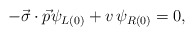
\begin{align*}-\vec{\sigma} \cdot \vec{p} \psi_{L(0)} + v \, \psi_{R(0)} = 0,\end{align*}